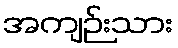
အကျဉ်းသား